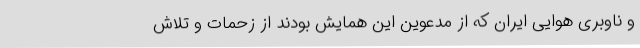
و ناوبری هوایی ایران که از مدعوین این همایش بودند از زحمات و تلاش